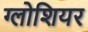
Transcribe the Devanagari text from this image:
ग्लोशियर